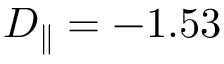
D _ { \parallel } = - 1 . 5 3